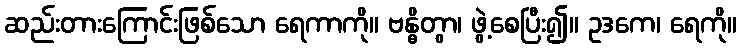
ဆည်းတားကြောင်းဖြစ်သော ရေကာကို။ ဗန္ဓိတွာ၊ ဖွဲ့စေပြီး၍။ ဥဒကေ၊ ရေကို။